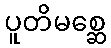
ပူတိမစ္ဆေ